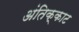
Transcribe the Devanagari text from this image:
अंतिक्काट